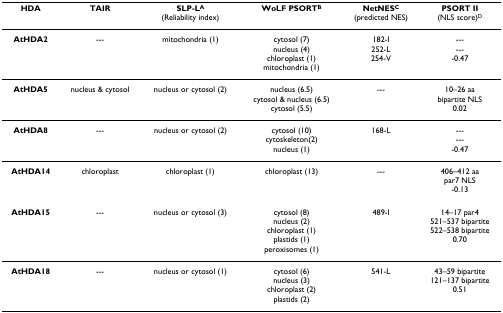
<table><thead><tr><td><b>HDA</b></td><td><b>TAIR</b></td><td><b>SLP-L<sup>A</sup>(Reliability index)</b></td><td><b>WoLF PSORT<sup>B</sup></b></td><td><b>NetNES<sup>C</sup>(predicted NES)</b></td><td><b>PSORT II(NLS score)<sup>D</sup></b></td></tr></thead><tbody><tr><td><b>AtHDA2</b></td><td>---</td><td>mitochondria (1)</td><td>cytosol (7)nucleus (4)chloroplast (1)mitochondria (1)</td><td>182-I252-L254-V</td><td>-------0.47</td></tr><tr><td><b>AtHDA5</b></td><td>nucleus &amp; cytosol</td><td>nucleus or cytosol (2)</td><td>nucleus (6.5)cytosol &amp; nucleus (6.5)cytosol (5.5)</td><td>---</td><td>10–26 aabipartite NLS0.02</td></tr><tr><td><b>AtHDA8</b></td><td>---</td><td>nucleus or cytosol (2)</td><td>cytosol (10)cytoskeleton(2)nucleus (1)</td><td>168-L</td><td>-------0.47</td></tr><tr><td><b>AtHDA14</b></td><td>chloroplast</td><td>chloroplast (1)</td><td>chloroplast (13)</td><td>---</td><td>406–412 aapar7 NLS-0.13</td></tr><tr><td><b>AtHDA15</b></td><td>---</td><td>nucleus or cytosol (3)</td><td>cytosol (8)nucleus (2)chloroplast (1)plastids (1)peroxisomes (1)</td><td>489-I</td><td>14–17 par4521–537 bipartite522–538 bipartite0.70</td></tr><tr><td><b>AtHDA18</b></td><td>---</td><td>nucleus or cytosol (1)</td><td>cytosol (6)nucleus (3)chloroplast (2)plastids (2)</td><td>541-L</td><td>43–59 bipartite121–137 bipartite0.51</td></tr></tbody></table>